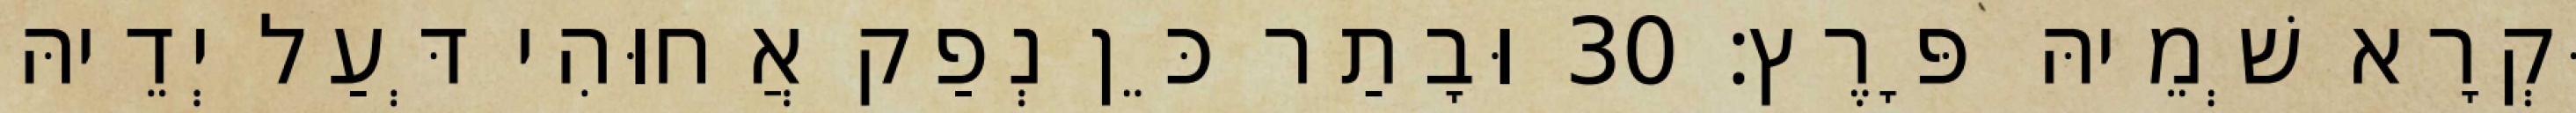
וּקְרָא שְׁמֵיהּ פָּרֶץ׃ 30 וּבָתַר כֵּן נְפַק אֲחוּהִי דְּעַל יְדֵיהּ